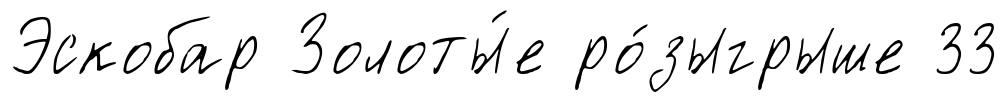
Эскобар Золоты́е ро́зыгрыше 33